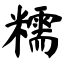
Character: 糯